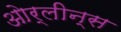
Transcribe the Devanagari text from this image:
ओर्लीन्स